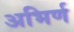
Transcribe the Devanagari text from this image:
अभिर्ण